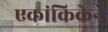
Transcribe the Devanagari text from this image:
एकांकिकेने